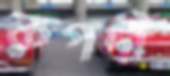
কপর্দী